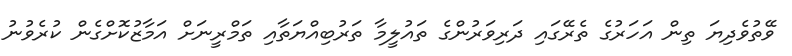
ވޭތުވެދިޔަ ތިން އަހަރުގެ ތެރޭގައި ދަރިވަރުންގެ ތައުލީމާ ތަރުބިއްޔަތާއި ތަމްރީނަށް އަމާޒުކޮށްގެން ކުރެވުނު